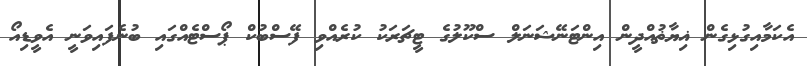
އެކަމާއިގުޅިގެން ޣިޔާޡުއްދީން އިންޓަނޭޝަނަލް ސްކޫލުގެ ޓީޗަރަކު ކުރެއްވި ފޭސްބުކް ޕޯސްޓެއްގައި ބުނެފައިވަނީ އެވީޑިއޯ